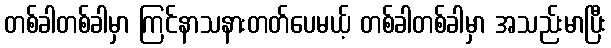
တစ်ခါတစ်ခါမှာ ကြင်နာသနားတတ်ပေမယ့် တစ်ခါတစ်ခါမှာ အသည်းမာပြီး